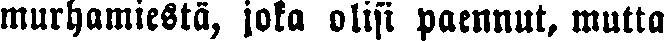
murhamiestä, jota olisi paennut, mutta